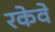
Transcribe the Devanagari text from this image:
रकेवे